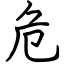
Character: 危